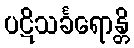
ပဋိသင်္ခရောန္တိ